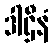
ဒါဌီနံ